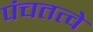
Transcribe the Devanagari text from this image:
पंचतत्वे